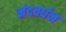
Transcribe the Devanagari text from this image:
नंदवर्धन